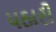
પઠારી